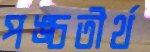
পঙ্চতীর্থ